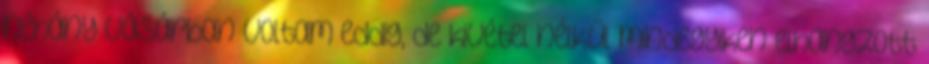
néhány vásárban voltam eddig, de kivétel nélkül mindegyiken elhangzott